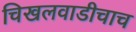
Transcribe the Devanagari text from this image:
चिखलवाडीचाच